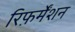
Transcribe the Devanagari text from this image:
रिफ़र्मेंशन